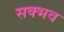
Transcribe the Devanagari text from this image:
सक्भव